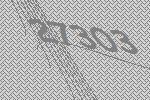
27303